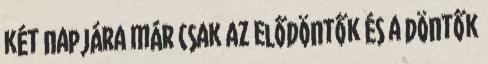
két napjára már csak az elődöntők és a döntők